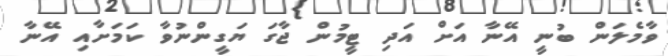
ވާމެލަން ބުނީ އޭނާ އަށް އަދި ޓީމުން ޖާގަ ޔަގީންނުވާ ކަމަށާއި އޭނާ